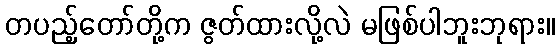
တပည့်တော်တို့က ဇွတ်ထားလို့လဲ မဖြစ်ပါဘူးဘုရား။